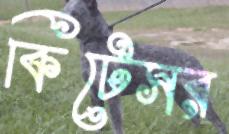
কিটেসর